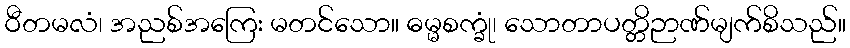
ဝီတမလံ၊ အညစ်အကြေး မတင်သော။ ဓမ္မစက္ခုံ၊ သောတာပတ္တိဉာဏ်မျက်စိသည်။